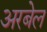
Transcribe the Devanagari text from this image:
अरबेल